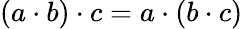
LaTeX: (a\cdot b)\cdot c=a\cdot(b\cdot c)